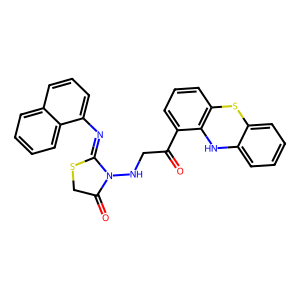
SMILES: O=C(CNN1C(=O)CSC1=Nc1cccc2ccccc12)c1cccc2c1Nc1ccccc1S2
Inhibits HIV replication: No